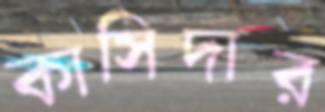
কাসিদার